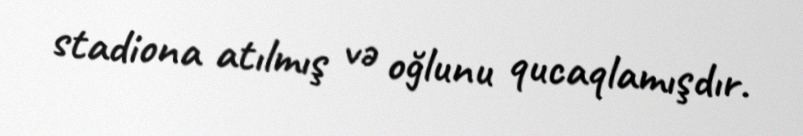
stadiona atılmış və oğlunu qucaqlamışdır.